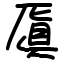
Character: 厧